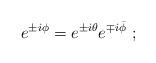
LaTeX: \begin{align*}e^{\pm i\phi} = e^{\pm i\theta}e^{\mp i\bar{\phi}}~;\end{align*}